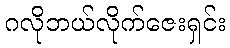
ဂလိုဘယ်လိုက်ဇေးရှင်း